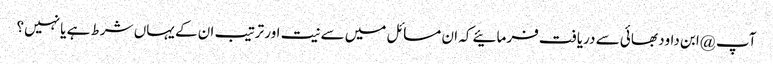
آپ @ابن داود بھائی سے دریافت فرمائیے کہ ان مسائل میں سے نیت اور ترتیب ان کے یہاں شرط ہے یا نہیں؟